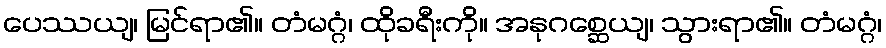
ပေဿယျ၊ မြင်ရာ၏။ တံမဂ္ဂံ၊ ထိုခရီးကို။ အနုဂစ္ဆေယျ၊ သွားရာ၏။ တံမဂ္ဂံ၊